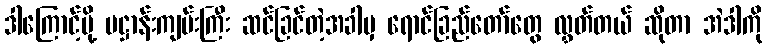
ဒါကြောင့်မို့ ပဋ္ဌာန်းကျမ်းကြီး ဆင်ခြင်တဲ့အခါမှ ရောင်ခြည်တော်တွေ လွှတ်တယ် ဆိုတာ အဲဒါကို